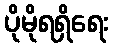
ပိုမိုရရှိရေး